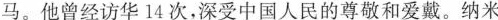
马。他曾经访华14次，深受中国人民的尊敬和爱戴。纳米